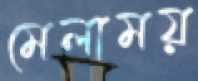
মেলাময়